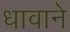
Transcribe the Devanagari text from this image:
धावाने